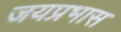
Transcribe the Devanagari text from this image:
जयप्रभास